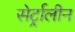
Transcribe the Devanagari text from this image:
सेर्ट्रालीन